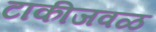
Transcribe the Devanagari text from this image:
टाकीजवळ